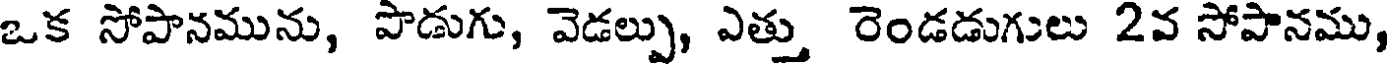
ఒక సోపానమును, పొడుగు, వెడల్పు, ఎత్తు రెండడుగులు 2వ సోపానము,